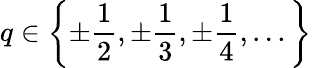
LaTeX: q\in\left\{ \pm{\frac{1}{2}},\pm{\frac{1}{3}},\pm{\frac{1}{4}},...\right\}